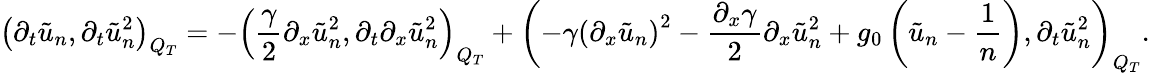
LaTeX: \left(\partial_{t}\tilde{u}_{n},\partial_{t}\tilde{u}_{n}^{2}\right)_{Q_{T}}=-\left(\frac{\gamma}{2}\partial_{x}\tilde{u}_{n}^{2},\partial_{t}\partial_{x}\tilde{u}_{n}^{2}\right)_{Q_{T}}+\left(-\gamma\left(\partial_{x}\tilde{u}_{n}\right)^{2}-\frac{\partial_{x}\gamma}{2}\partial_{x}\tilde{u}_{n}^{2}+g_{0}\left(\tilde{u}_{n}-\frac{1}{n}\right),\partial_{t}\tilde{u}_{n}^{2}\right)_{Q_{T}}.